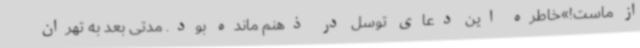
از ماست!»خاطره این دعای توسل در ذهنم مانده بود. مدتی بعد به تهران